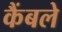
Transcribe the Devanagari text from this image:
कैंबले